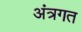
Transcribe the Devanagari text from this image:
अंत्रगत